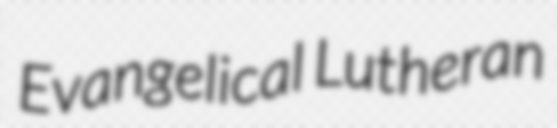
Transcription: Evangelical Lutheran